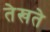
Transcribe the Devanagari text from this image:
तेखते